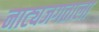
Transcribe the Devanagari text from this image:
नाट्यजगताला